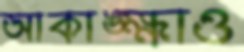
আকাঙ্ক্ষাও